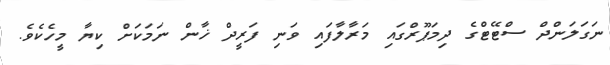
ނަގަލަންދް ސްޓޭޓްގެ ދިމަޕޫރްގައި މަރާލާފައި ވަނި ފަރީދް ޚާން ނަމަކަށް ކިޔާ މީހެކެވެ.